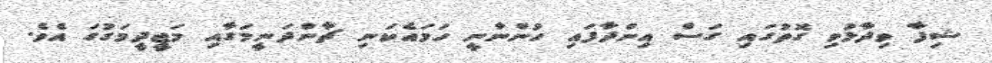
ޝިފާ ވިދާޅުވި ގޮތުގައި ގަސް އިންދާފައި ހުންނާނީ ހަމައެކަނި ޗާންދަނީމަގާއި މަޖީދީމަގުގަ އެވެ.